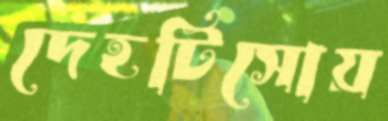
দেহটিসোয়